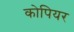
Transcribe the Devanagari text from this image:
कोपियर